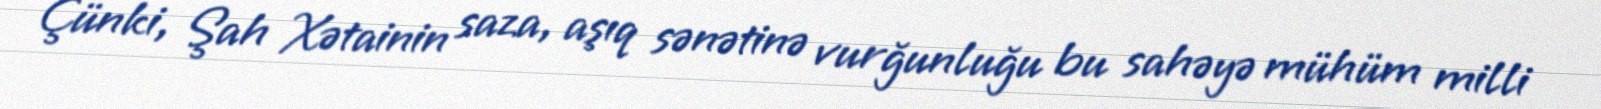
Çünki, Şah Xətainin saza, aşıq sənətinə vurğunluğu bu sahəyə mühüm milli